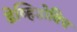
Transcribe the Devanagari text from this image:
डेव्हिडोविच